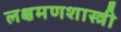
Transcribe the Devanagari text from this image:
लक्षमणशास्त्री